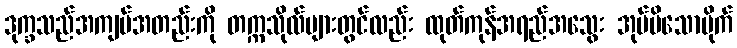
ဒုက္ခသည်အကျပ်အတည်းကို တက္ကသိုလ်များတွင်လည်း ထုတ်ကုန်အရည်အသွေး အုပ်မိသောပိုက်